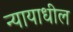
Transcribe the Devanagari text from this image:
न्यायाधील